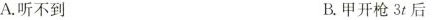
A.听不到 B.甲开枪3t后。甲开枪2t后